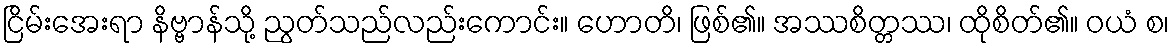
ငြိမ်းအေးရာ နိဗ္ဗာန်သို့ ညွတ်သည်လည်းကောင်း။ ဟောတိ၊ ဖြစ်၏။ အဿစိတ္တဿ၊ ထိုစိတ်၏။ ဝယံ စ၊